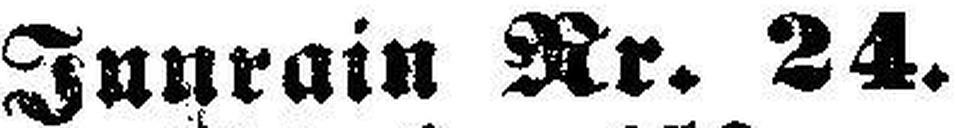
Innrain Nr. 24.